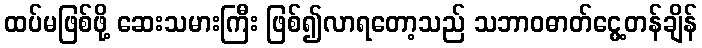
ထပ်မဖြစ်ဖို့ ဆေးသမားကြီး ဖြစ်၍လာရတော့သည် သဘာဝဓာတ်ငွေ့တန်ချိန်